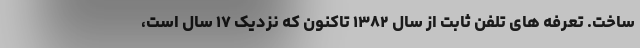
ساخت. تعرفه های تلفن ثابت از سال ۱۳۸۲ تاکنون که نزدیک ۱۷ سال است،